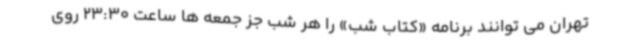
تهران می توانند برنامه «کتاب شب» را هر شب جز جمعه ها ساعت 23:30 روی